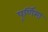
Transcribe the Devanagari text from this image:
पूणि॔मा